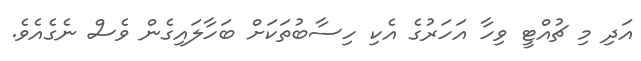
އަދި މި ޗުއްޓީ ވިހާ އަހަރުގެ އެކި ހިސާބުތަކަށް ބަހާލައިގެން ވެސް ނެގެއެވެ.